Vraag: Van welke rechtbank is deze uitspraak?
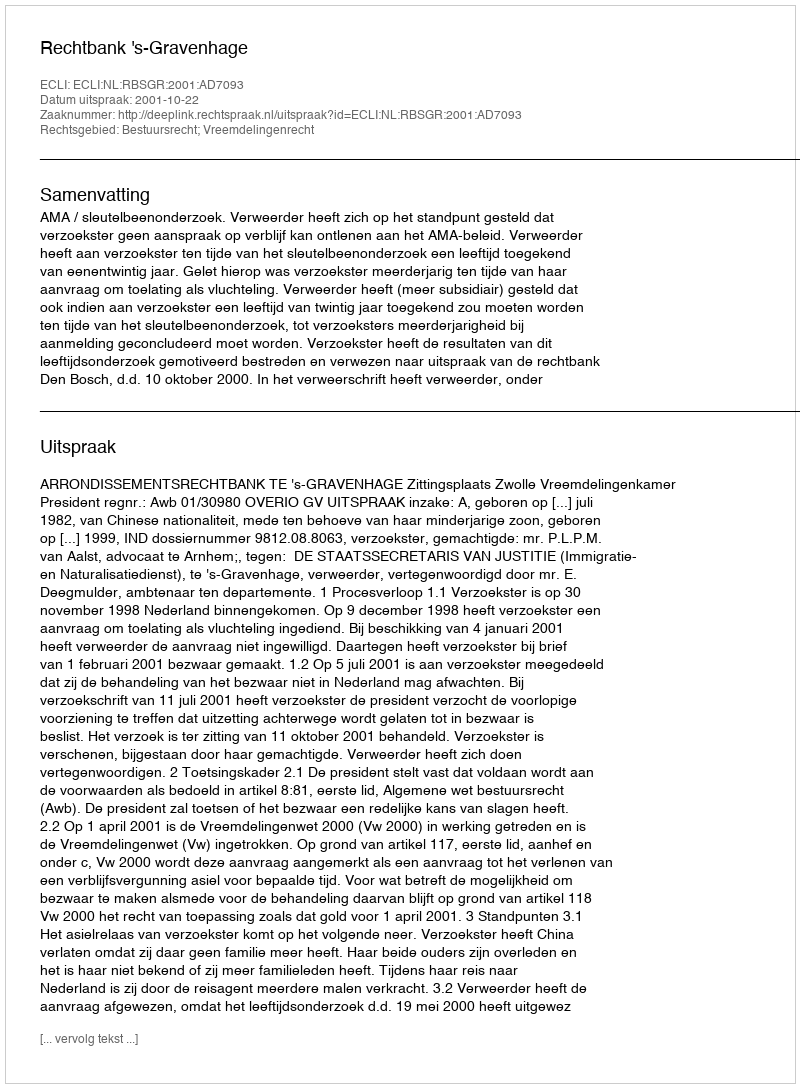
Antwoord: Rechtbank 's-Gravenhage